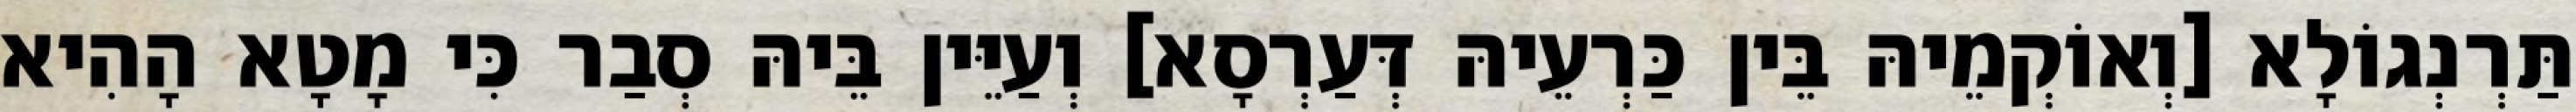
תַּרְנְגוֹלָא [וְאוֹקְמֵיהּ בֵּין כַּרְעֵיהּ דְּעַרְסָא] וְעַיֵּין בֵּיהּ סְבַר כִּי מָטָא הָהִיא